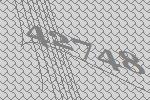
42748